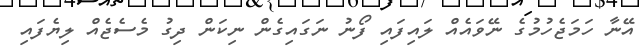
އޭނާ ހަމަޖެހުމުގެ ނޭވައެއް ލައިފައި ފޯނު ނަގައިގެން ނިކަން ދިގު މެސެޖެއް ލިޔެފައި